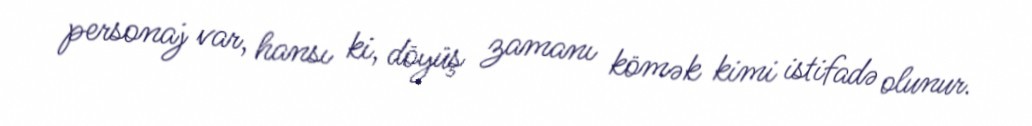
personaj var, hansı ki, döyüş zamanı kömək kimi istifadə olunur.